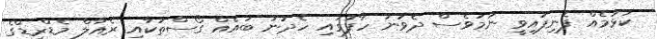
ކުޅުމެއް ފެނިފައިވީ ނަމަވެސް ދެވަނަ ހާފުގައި ހެދުނު ބައެއް ގޯސްތަކާއި ރެއާލް މެޑްރިޑްގެ